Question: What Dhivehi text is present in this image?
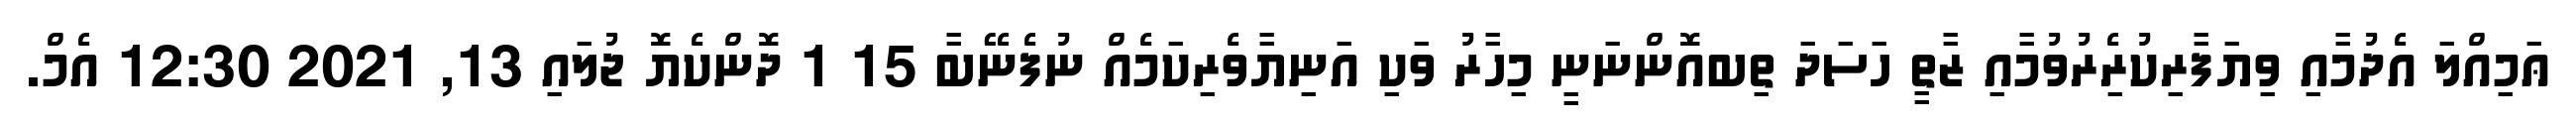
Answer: ޢަމިއްލަ އެދުމާއި ވިޔަފާރިކުރިެރުވުމާއި ޒާތީ ހަސަދަ ތިބއޮންނަނީ މިހާރު ވަކި އަނިޔާވެރިކަމެއް ނުފެނޭބާ 15 1 ދޮންކެޔޮ ޖުލައި 13, 2021 12:30 އެމް.